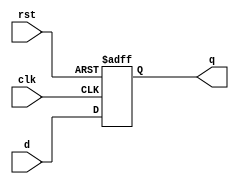
//------------------------------------------------------------------------------------------
//Design        : Digit-serial systolic multiplier for GF
//
//
//------------------------------------------------------------------------------------------
`timescale 1ns/10ps
//------------------------------------------------------------------------------------------
module delay_16bit(d,clk,rst,q);
  input [1:16] d;
  input rst, clk;
  output [1:16] q;
  reg [1:16] q;
  always @(posedge clk or negedge rst)
      begin
        if(!rst) 
           begin
             q <= 16'b0;
           end
        else 
           begin
             q <= d;
           end
      end
endmodule